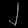
Digit: ၂